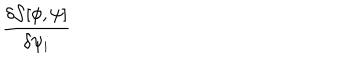
LaTeX: \frac { \delta { \mathcal { S } } [ \phi , \psi ] } { \delta \psi _ { i } }